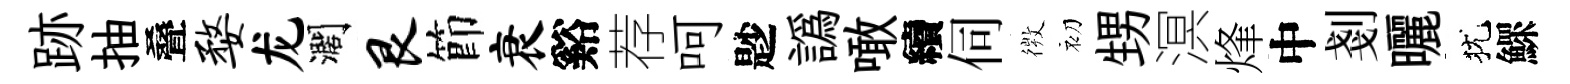
跡抽叠婺龙濶艮節衰谿荐呵尟譌噉續伺𢕄初甥溟烽中剗曬犹鰥